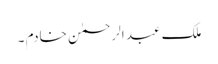
ملک عبد الرحمٰن خادم ۔